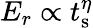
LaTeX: E_{r}\propto t_{\textrm{s}}^{\eta}